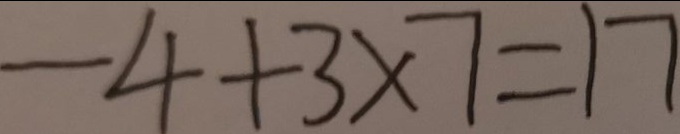
- 4 + 3 \times 7 = 1 7